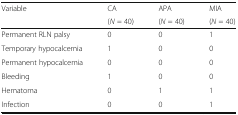
| <ROWSPAN=2> Variable | CA | APA | MIA |
 | (N = 40) | (N = 40) | (N = 40) |
 | --- | --- | --- | --- |
 | Permanent RLN palsy | 0 | 0 | 1 |
 | Temporary hypocalcemia | 1 | 0 | 0 |
 | Permanent hypocalcemia | 0 | 0 | 0 |
 | Bleeding | 1 | 0 | 0 |
 | Hematoma | 0 | 1 | 1 |
 | Infection | 0 | 0 | 1 |